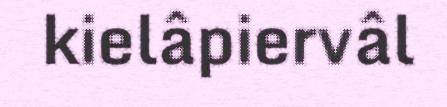
kielâpiervâl